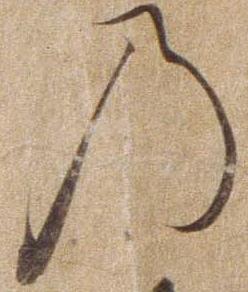
の